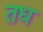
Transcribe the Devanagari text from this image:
तध